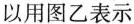
以用图乙表示